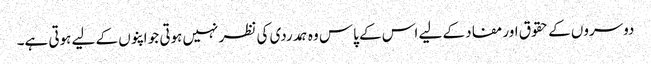
دوسروں کے حقوق اور مفاد کے لیے اس کے پاس وہ ہمدردی کی نظر نہیں ہوتی جو اپنوں کے لیے ہوتی ہے۔